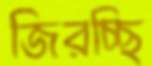
জিরচ্ছি